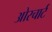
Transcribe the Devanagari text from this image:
ओरचार्ट